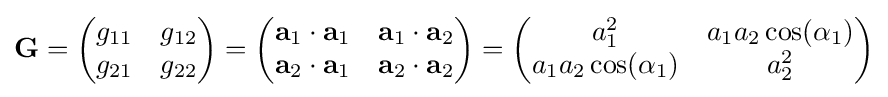
\mathbf {G} ={\begin{pmatrix}g_{11}&g_{12}\\g_{21}&g_{22}\end{pmatrix}}={\begin{pmatrix}\mathbf {a} _{1}\cdot \mathbf {a} _{1}&\mathbf {a} _{1}\cdot \mathbf {a} _{2}\\\mathbf {a} _{2}\cdot \mathbf {a} _{1}&\mathbf {a} _{2}\cdot \mathbf {a} _{2}\end{pmatrix}}={\begin{pmatrix}a_{1}^{2}&a_{1}a_{2}\cos(\alpha _{1})\\a_{1}a_{2}\cos(\alpha _{1})&a_{2}^{2}\end{pmatrix}}